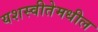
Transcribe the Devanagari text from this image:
यशस्वीतेमधील